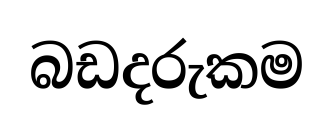
බඩදරුකම